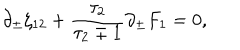
\partial _ { \pm } \zeta _ { 1 2 } + { \frac { \tau _ { 2 } } { \tau _ { 2 } \mp 1 } } \partial _ { \pm } F _ { 1 } = 0 ,